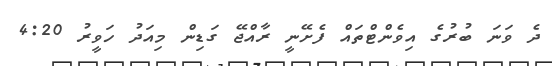
ދެ ވަނަ ބުރުގެ އިވެންޓްތައް ފެށޭނީ ރާއްޖޭ ގަޑިން މިއަދު ހަވީރު 4:20